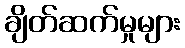
ချိတ်ဆက်မှုများ